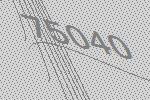
75040